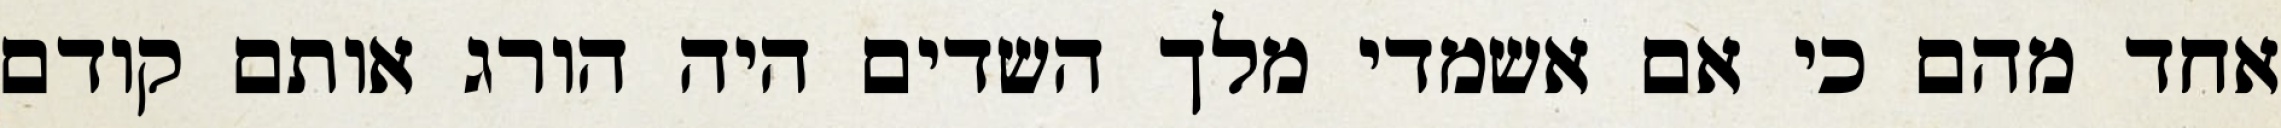
אחד מהם כי אם אשמדי‏ מלך השדים היה הורג אותם קודם